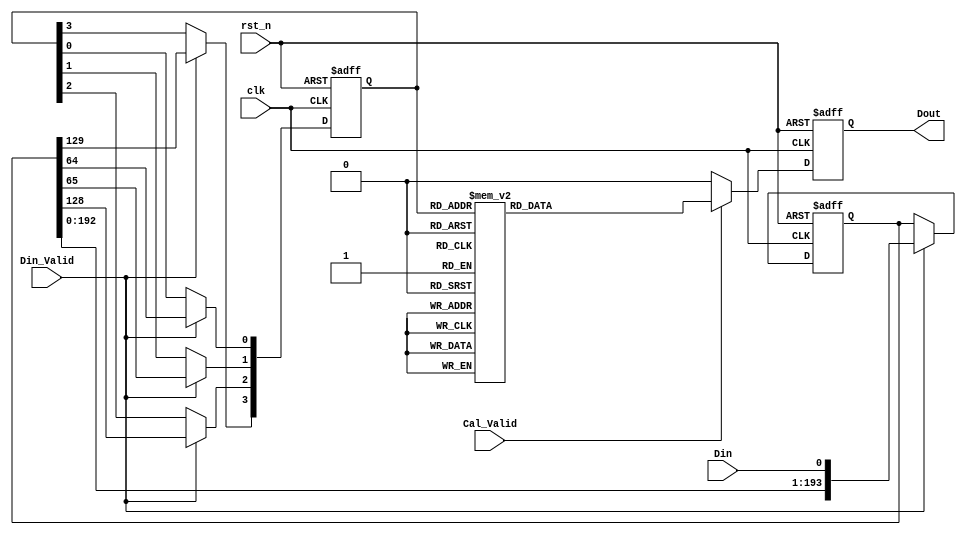
module Resize(
    clk,
    rst_n,
    Din_Valid, // tvalid
    Cal_Valid, // 
    Din, // ;
    Dout // 
    );
	
    input clk;
    input rst_n;
    input Din_Valid;
    input Cal_Valid;
    input Din;
    output reg Dout;

    // 

    reg [193:0] line_buffer; // 128*64 
    reg [3:0] window_buffer; // 2*2             
    
    // Data Buffer
    always @ (posedge clk or negedge rst_n) begin
        if (!rst_n) begin
                line_buffer   <= 194'd0; // 64*3+2=194;
                window_buffer <= 	4'b0000; // 2*2=4
        end
        else begin
        	if(Din_Valid) begin
                line_buffer      <= {line_buffer[192:0],Din}; // 
                window_buffer[3] <= line_buffer[129]; // 
                window_buffer[2] <= line_buffer[128];
                window_buffer[1] <= line_buffer[65];
                window_buffer[0] <= line_buffer[64];
            end
            else begin
            	line_buffer   <= line_buffer;
            	window_buffer <= window_buffer;
            end
            	
        end
    end
    
    always @(posedge clk or negedge rst_n) begin
        if (!rst_n)
            Dout <= 1'b0;
        else begin
            if(Cal_Valid) begin
            case(window_buffer) // 
                4'b0000: Dout <= 1'b0;
                4'b0001: Dout <= 1'b0;
                4'b0010: Dout <= 1'b0;
                4'b0011: Dout <= 1'b1;
                4'b0100: Dout <= 1'b0;
                4'b0101: Dout <= 1'b1;
                4'b0110: Dout <= 1'b1;
                4'b0111: Dout <= 1'b1;
                4'b1000: Dout <= 1'b0;
                4'b1001: Dout <= 1'b1;
                4'b1010: Dout <= 1'b1;
                4'b1011: Dout <= 1'b1;
                4'b1100: Dout <= 1'b1;
                4'b1101: Dout <= 1'b1;
                4'b1110: Dout <= 1'b1;
                default: Dout <= 1'b1;
            endcase
            end
            else 
                Dout <= 1'b0;
        end
    end

endmodule